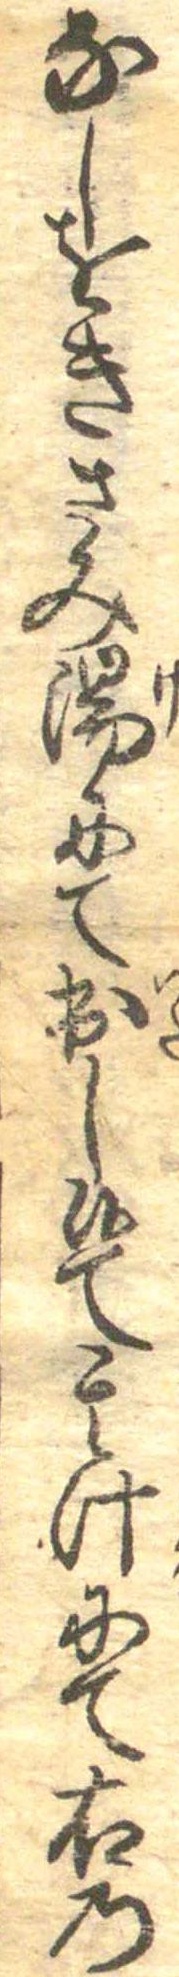
なしをきさみ湯にて出し候て其汁にて右の